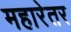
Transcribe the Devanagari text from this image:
महारेतर